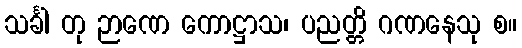
သင်္ခါ တု ဉာဏေ ကောဋ္ဌာသ၊ ပညတ္တိ ဂဏနေသု စ။